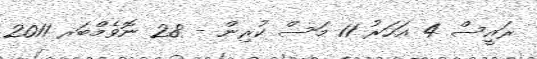
ރައީސް 4 އަހަރު 11 މަސް ކުރިން - 28 ނޮވެމްބަރ 2011